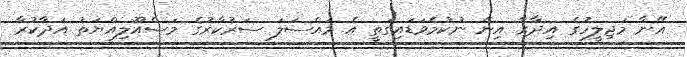
އޭނާ މަޖިލީހުގެ އިދާރާ އިން ނުކުމެވަޑައިގަތީ އެ މައްސަލަ ސަރުކާރުގެ މަސްއޫލިއްޔަތު އަދާކުރާ